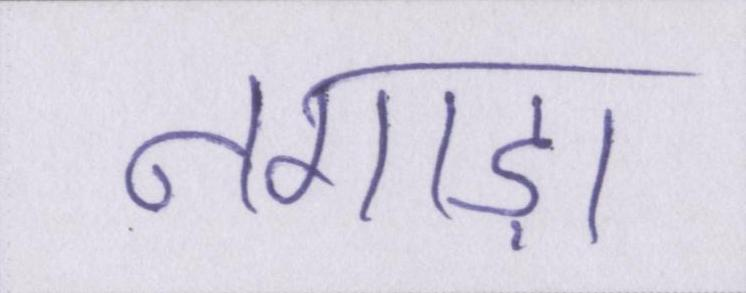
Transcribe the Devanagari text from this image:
नगाड़ा